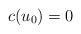
LaTeX: \begin{align*} c(u_{0}) = 0 \end{align*}